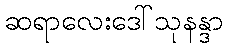
ဆရာလေးဒေါ်သုနန္ဒာ